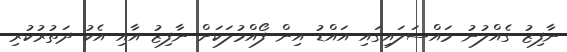
ނާފިޒު ގެއްލުނު މައްސަލައިގައި އައްޑު އިން ފޯއްމުލަކަށް ނާފިޒު އާއި އެކު ދަތުރުކުރި